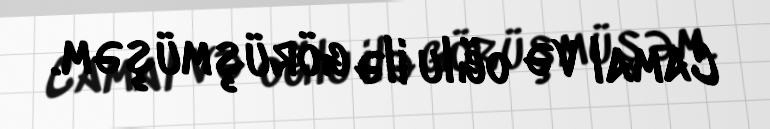
Camal və oğlu ilə görüşmüşəm.